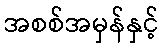
အစစ်အမှန်နှင့်